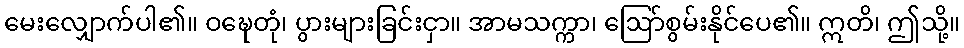
မေးလျှောက်ပါ၏။ ဝဍ္ဎေတုံ၊ ပွားများခြင်းငှာ။ အာမသက္ကာ၊ ဩော်စွမ်းနိုင်ပေ၏။ ဣတိ၊ ဤသို့။